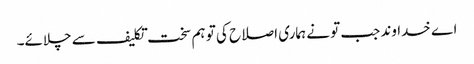
اے خدا وند جب تو نے ہماری اصلاح کی تو ہم سخت تکلیف سے چلائے۔